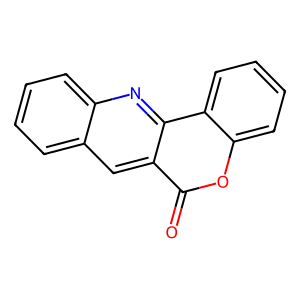
SMILES: O=c1oc2ccccc2c2nc3ccccc3cc12
Inhibits HIV replication: No